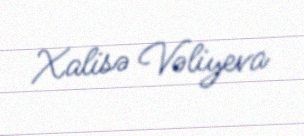
Xalisə Vəliyeva